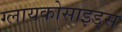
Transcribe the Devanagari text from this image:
ग्लायकोसाइड्‌स